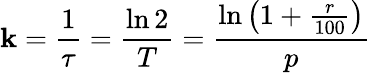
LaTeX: \mathbf{k}={\frac{{1}}{{\tau}}}={\frac{{\ln2}}{{T}}}={\frac{{\ln\left(1+{\frac{{r}}{{100}}}\right)}}{{p}}}